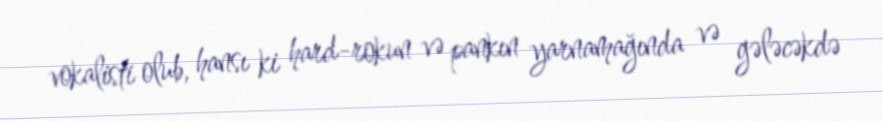
vokalisti olub, hansı ki hard-rokun və pankın yarnamağında və gələcəkdə